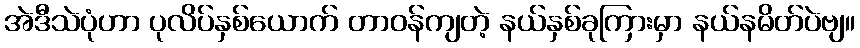
အဲဒီသဲပုံဟာ ပုလိပ်နှစ်ယောက် တာဝန်ကျတဲ့ နယ်နှစ်ခုကြားမှာ နယ်နမိတ်ပဲဗျ။